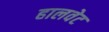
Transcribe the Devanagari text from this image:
हालवेट